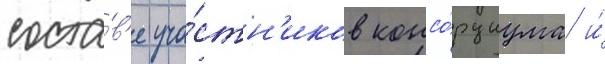
соста́в'е уча́стн'иков консо́рциума и́